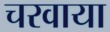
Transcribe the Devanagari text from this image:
चरवाया